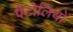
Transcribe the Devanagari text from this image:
पैंटोलियों